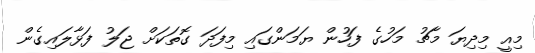
މިއީ މިދިޔަ މާޗު މަހުގެ ފަހުން ޔަމަންގައި މިފަދަ ގޮތަކަށް ޖަލު ފަޅާލައިގެން